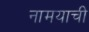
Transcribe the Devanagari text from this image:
नामयाची